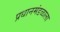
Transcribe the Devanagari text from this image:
प्रधानमंडळाला